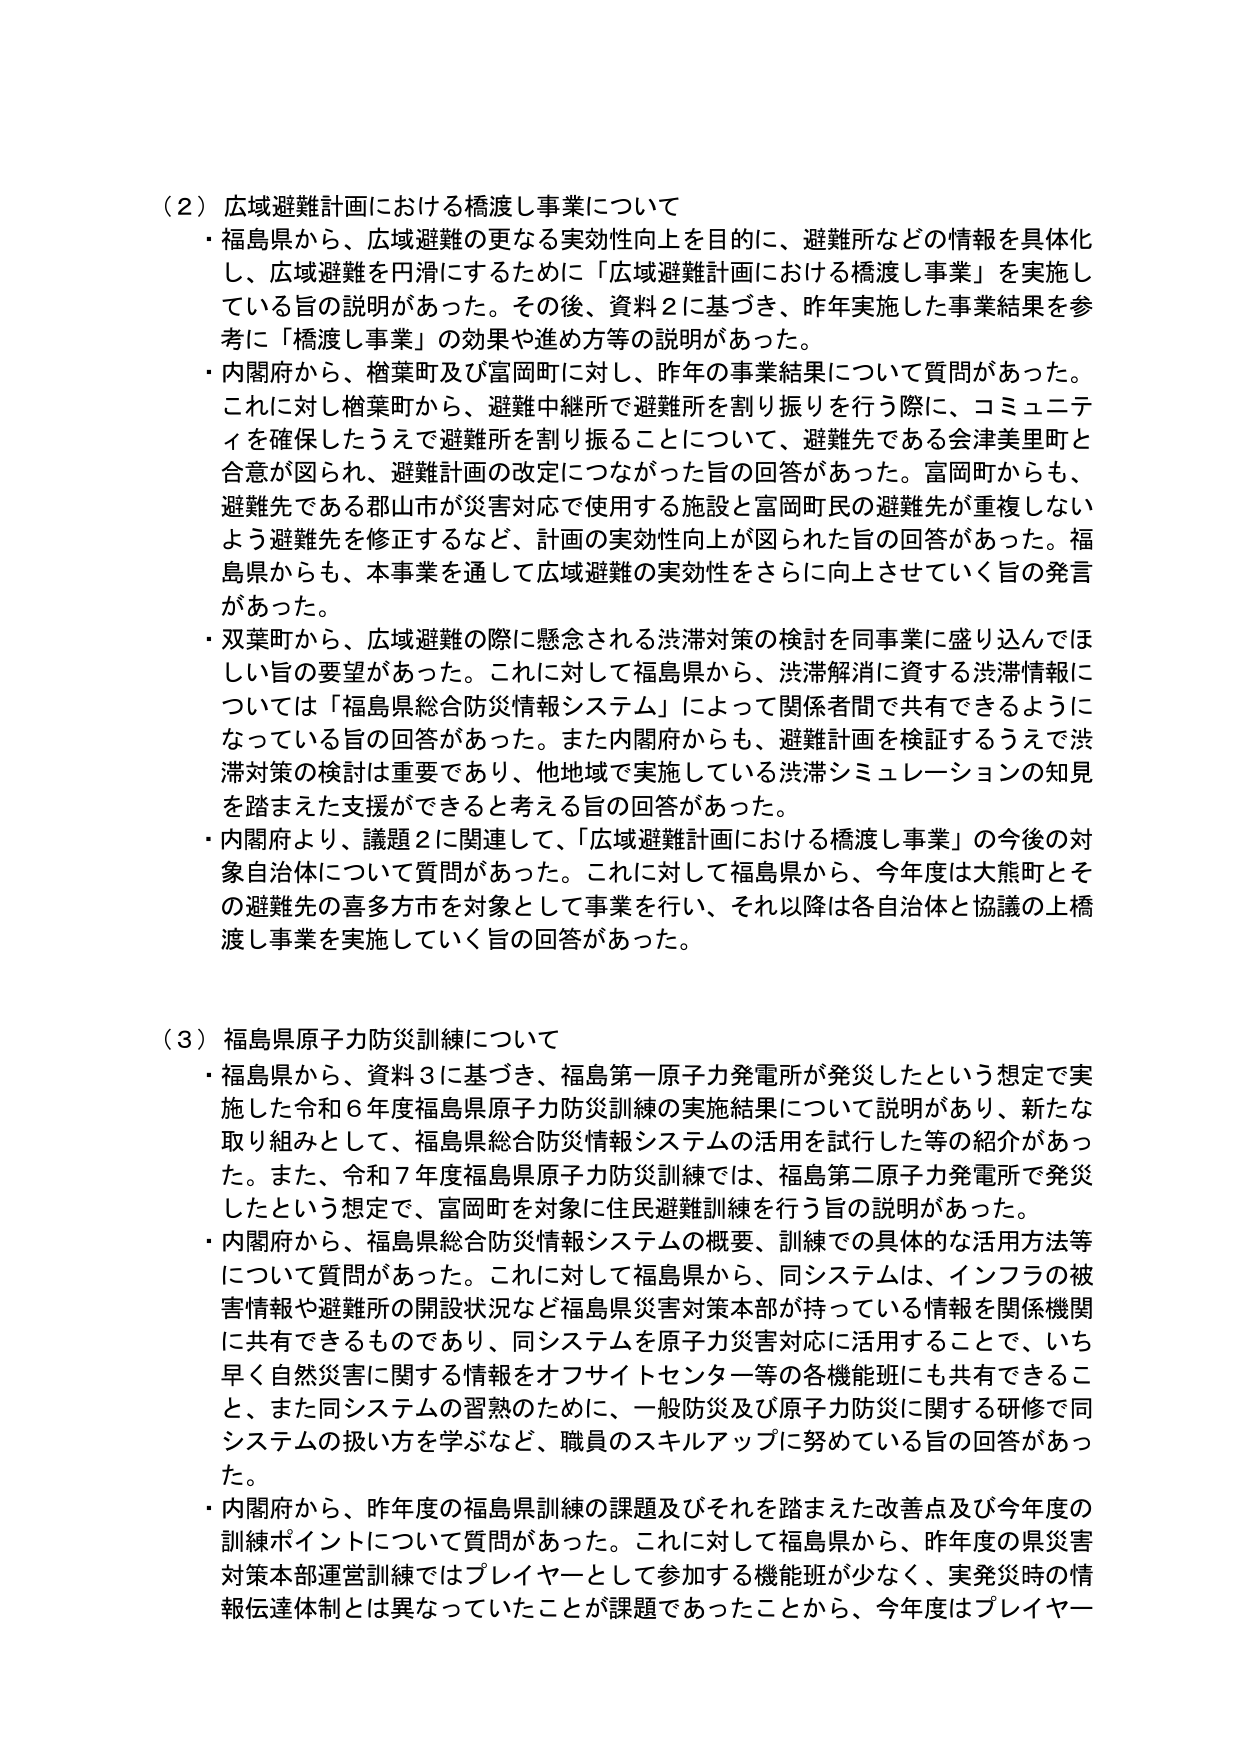
（２）広域避難計画における橋渡し事業について
・福島県から、広域避難の更なる実効性向上を目的に、避難所などの情報を具体化し、広域避難を円滑にするために「広域避難計画における橋渡し事業」を実施している旨の説明があった。その後、資料２に基づき、昨年実施した事業結果を参考に「橋渡し事業」の効果や進め方等の説明があった。
・内閣府から、楢葉町及び富岡町に対し、昨年の事業結果について質問があった。これに対し楢葉町から、避難中継所で避難所を割り振りを行う際に、コミュニティを確保したうえで避難所を割り振ることについて、避難先である会津美里町と合意が図られ、避難計画の改定につながった旨の回答があった。富岡町からも、避難先である郡山市が災害対応で使用する施設と富岡町民の避難先が重複しないよう避難先を修正するなど、計画の実効性向上が図られた旨の回答があった。福島県からも、本事業を通して広域避難の実効性をさらに向上させていく旨の発言があった。
・双葉町から、広域避難の際に懸念される渋滞対策の検討を同事業に盛り込んでほしい旨の要望があった。これに対して福島県から、渋滞解消に資する渋滞情報については「福島県総合防災情報システム」によって関係者間で共有できるようになっている旨の回答があった。また内閣府からも、避難計画を検証するうえで渋滞対策の検討は重要であり、他地域で実施している渋滞シミュレーションの知見を踏まえた支援ができると考える旨の回答があった。
・内閣府より、議題２に関連して、「広域避難計画における橋渡し事業」の今後の対象自治体について質問があった。これに対して福島県から、今年度は大熊町とその避難先の喜多方市を対象として事業を行い、それ以降は各自治体と協議の上橋渡し事業を実施していく旨の回答があった。

（３）福島県原子力防災訓練について
・福島県から、資料３に基づき、福島第一原子力発電所が発災したという想定で実施した令和６年度福島県原子力防災訓練の実施結果について説明があり、新たな取り組みとして、福島県総合防災情報システムの活用を試行した等の紹介があった。また、令和７年度福島県原子力防災訓練では、福島第二原子力発電所で発災したという想定で、富岡町を対象に住民避難訓練を行う旨の説明があった。
・内閣府から、福島県総合防災情報システムの概要、訓練での具体的な活用方法等について質問があった。これに対して福島県から、同システムは、インフラの被害情報や避難所の開設状況など福島県災害対策本部が持っている情報を関係機関に共有できるものであり、同システムを原子力災害対応に活用することで、いち早く自然災害に関する情報をオフサイトセンター等の各機能班にも共有できること、また同システムの習熟のために、一般防災及び原子力防災に関する研修で同システムの扱い方を学ぶなど、職員のスキルアップに努めている旨の回答があった。
・内閣府から、昨年度の福島県訓練の課題及びそれを踏まえた改善点及び今年度の訓練ポイントについて質問があった。これに対して福島県から、昨年度の県災害対策本部運営訓練ではプレイヤーとして参加する機能班が少なく、実発災時の情報伝達体制とは異なっていたことが課題であったことから、今年度はプレイヤー